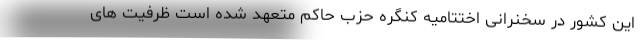
این کشور در سخنرانی اختتامیه کنگره حزب حاکم متعهد شده است ظرفیت های